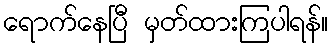
ရောက်နေပြီ မှတ်ထားကြပါရန်။